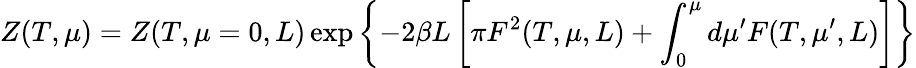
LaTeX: Z(T,\mu)=Z(T,\mu=0,L)\exp\left\{ -2\beta L\left[\pi F^{2}(T,\mu,L)+\int_{0}^{\mu}d\mu^{\prime}F(T,\mu^{\prime},L)\right]\right\}